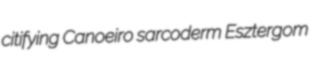
citifying Canoeiro sarcoderm Esztergom